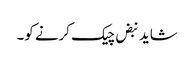
شاید نبض چیک کرنے کو۔